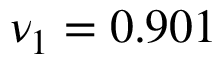
\nu _ { 1 } = 0 . 9 0 1